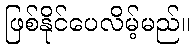
ဖြစ်နိုင်ပေလိမ့်မည်။